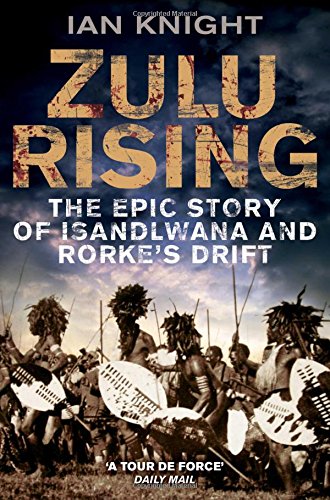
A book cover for Zulu Rising: The Epic Story of iSandlwana and Rorke's Drift; Ian Knight; History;